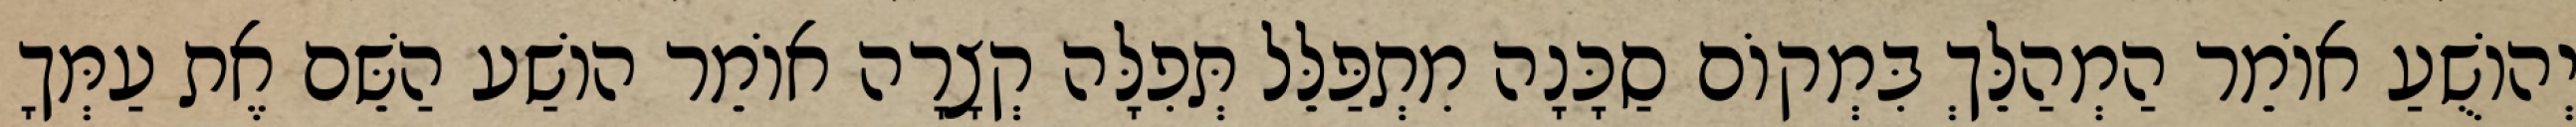
יְהוֹשֻׁעַ אוֹמֵר הַמְהַלֵּךְ בִּמְקוֹם סַכָּנָה מִתְפַּלֵּל תְּפִלָּה קְצָרָה אוֹמֵר הוֹשַׁע הַשֵּׁם אֶת עַמְּךָ